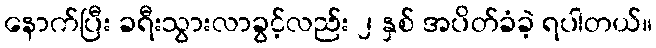
နောက်ပြီး ခရီးသွားလာခွင့်လည်း ၂ နှစ် အပိတ်ခံခဲ့ ရပါတယ်။